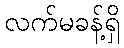
လက်မခန့်ရှိ